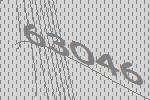
63046